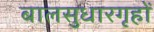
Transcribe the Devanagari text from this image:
बालसुधारगृहों